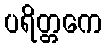
ပရိတ္တကေ